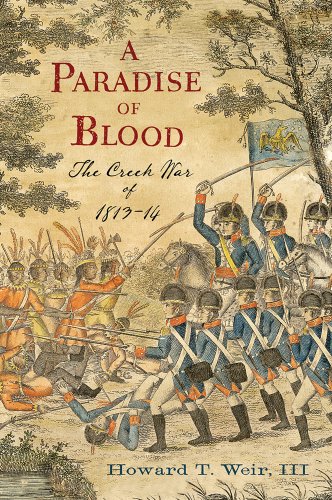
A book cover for A Paradise of Blood: The Creek War of 1813EE14; Howard T. Weir III; History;